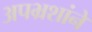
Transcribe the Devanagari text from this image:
अपभ्रशांने